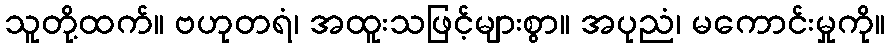
သူတို့ထက်။ ဗဟုတရံ၊ အထူးသဖြင့်များစွာ။ အပုညံ၊ မကောင်းမှုကို။